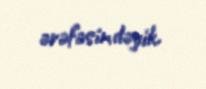
ərəfəsindəyik.